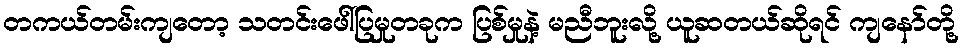
တကယ်တမ်းကျတော့ သတင်းဖေါ်ပြမှုတခုက ပြစ်မှုနဲ့ မညီဘူးလို့ ယူဆတယ်ဆိုရင် ကျနော်တို့